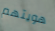
هويتهم